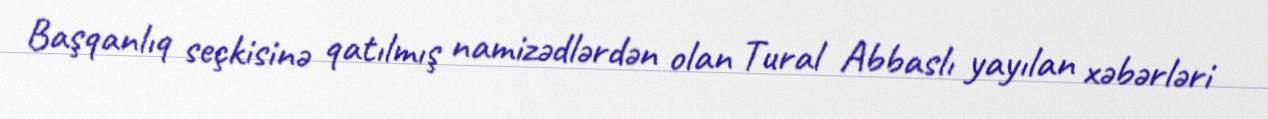
Başqanlıq seçkisinə qatılmış namizədlərdən olan Tural Abbaslı yayılan xəbərləri